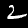
Label: 2